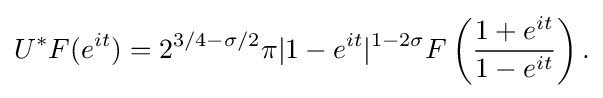
\displaystyle {U^{*}F(e^{it})=2^{3/4-\sigma /2}\pi |1-e^{it}|^{1-2\sigma }F\left({1+e^{it} \over 1-e^{it}}\right).}